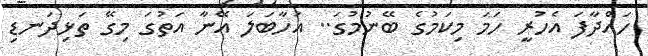
ހައްދާފަ އެހުރީ ހަމަ މިކަމުގެ ބޭނުމުގަ.. އަހާބަލަ އޭނާ އަތުގަ މިގޭ ތަޅިދަނޑި